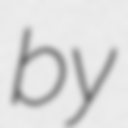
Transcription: by